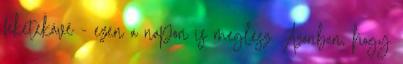
feketekávé - ezen a napon is meglesz. Azonban, hogy